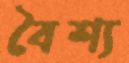
বৈশ্য